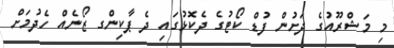
މި މަޝްރޫއުގެ ދަށުން ފުޑް ކޯޓުގެ ދެކޮޅުގައި ދެ ޕާކިންގ ޒޯނެެއް ހެދުމަށް